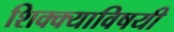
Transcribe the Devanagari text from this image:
शिक्क्याविषयी